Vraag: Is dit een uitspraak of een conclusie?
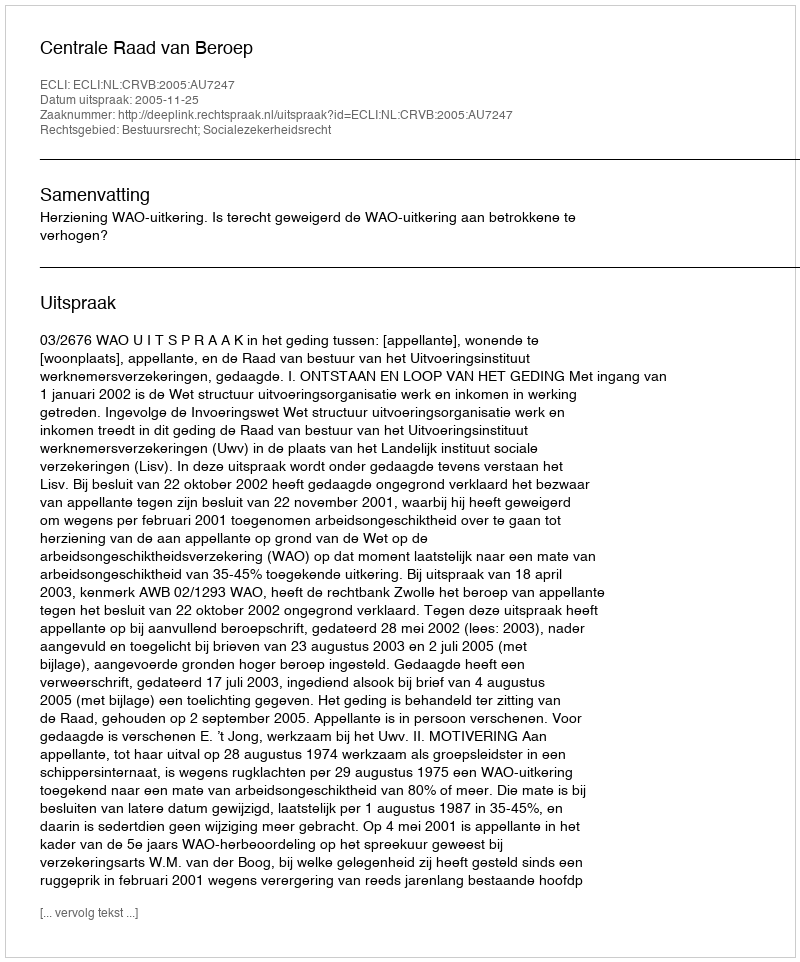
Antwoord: Uitspraak